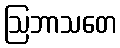
ဩဘာသတေ